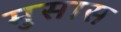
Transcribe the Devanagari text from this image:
मुसास